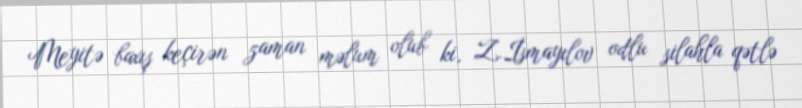
Meyitə baxış keçirən zaman məlum olub ki, Z.İsmayılov odlu silahla qətlə